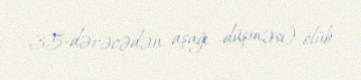
35-dərəcədən aşağı düşməsi) ölüb.